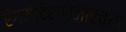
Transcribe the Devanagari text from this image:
रंगमंदिराशेजारच्या